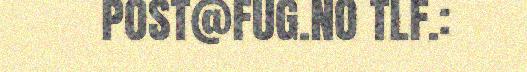
POST@FUG.NO TLF.: